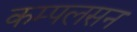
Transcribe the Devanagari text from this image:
कम्पलसन